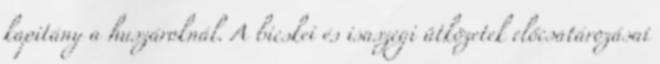
kapitány a huszároknál. A bicskei és isaszegi ütközetek előcsatározásai